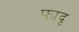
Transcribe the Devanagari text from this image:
फादृ